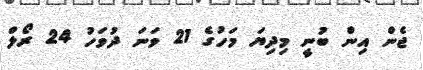
ޖެން އިން ބުނީ މިދިޔަ މަހުގެ 21 ވަނަ ދުވަހު 24 ރޯލް